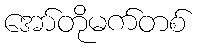
အော်တိုမက်တစ်